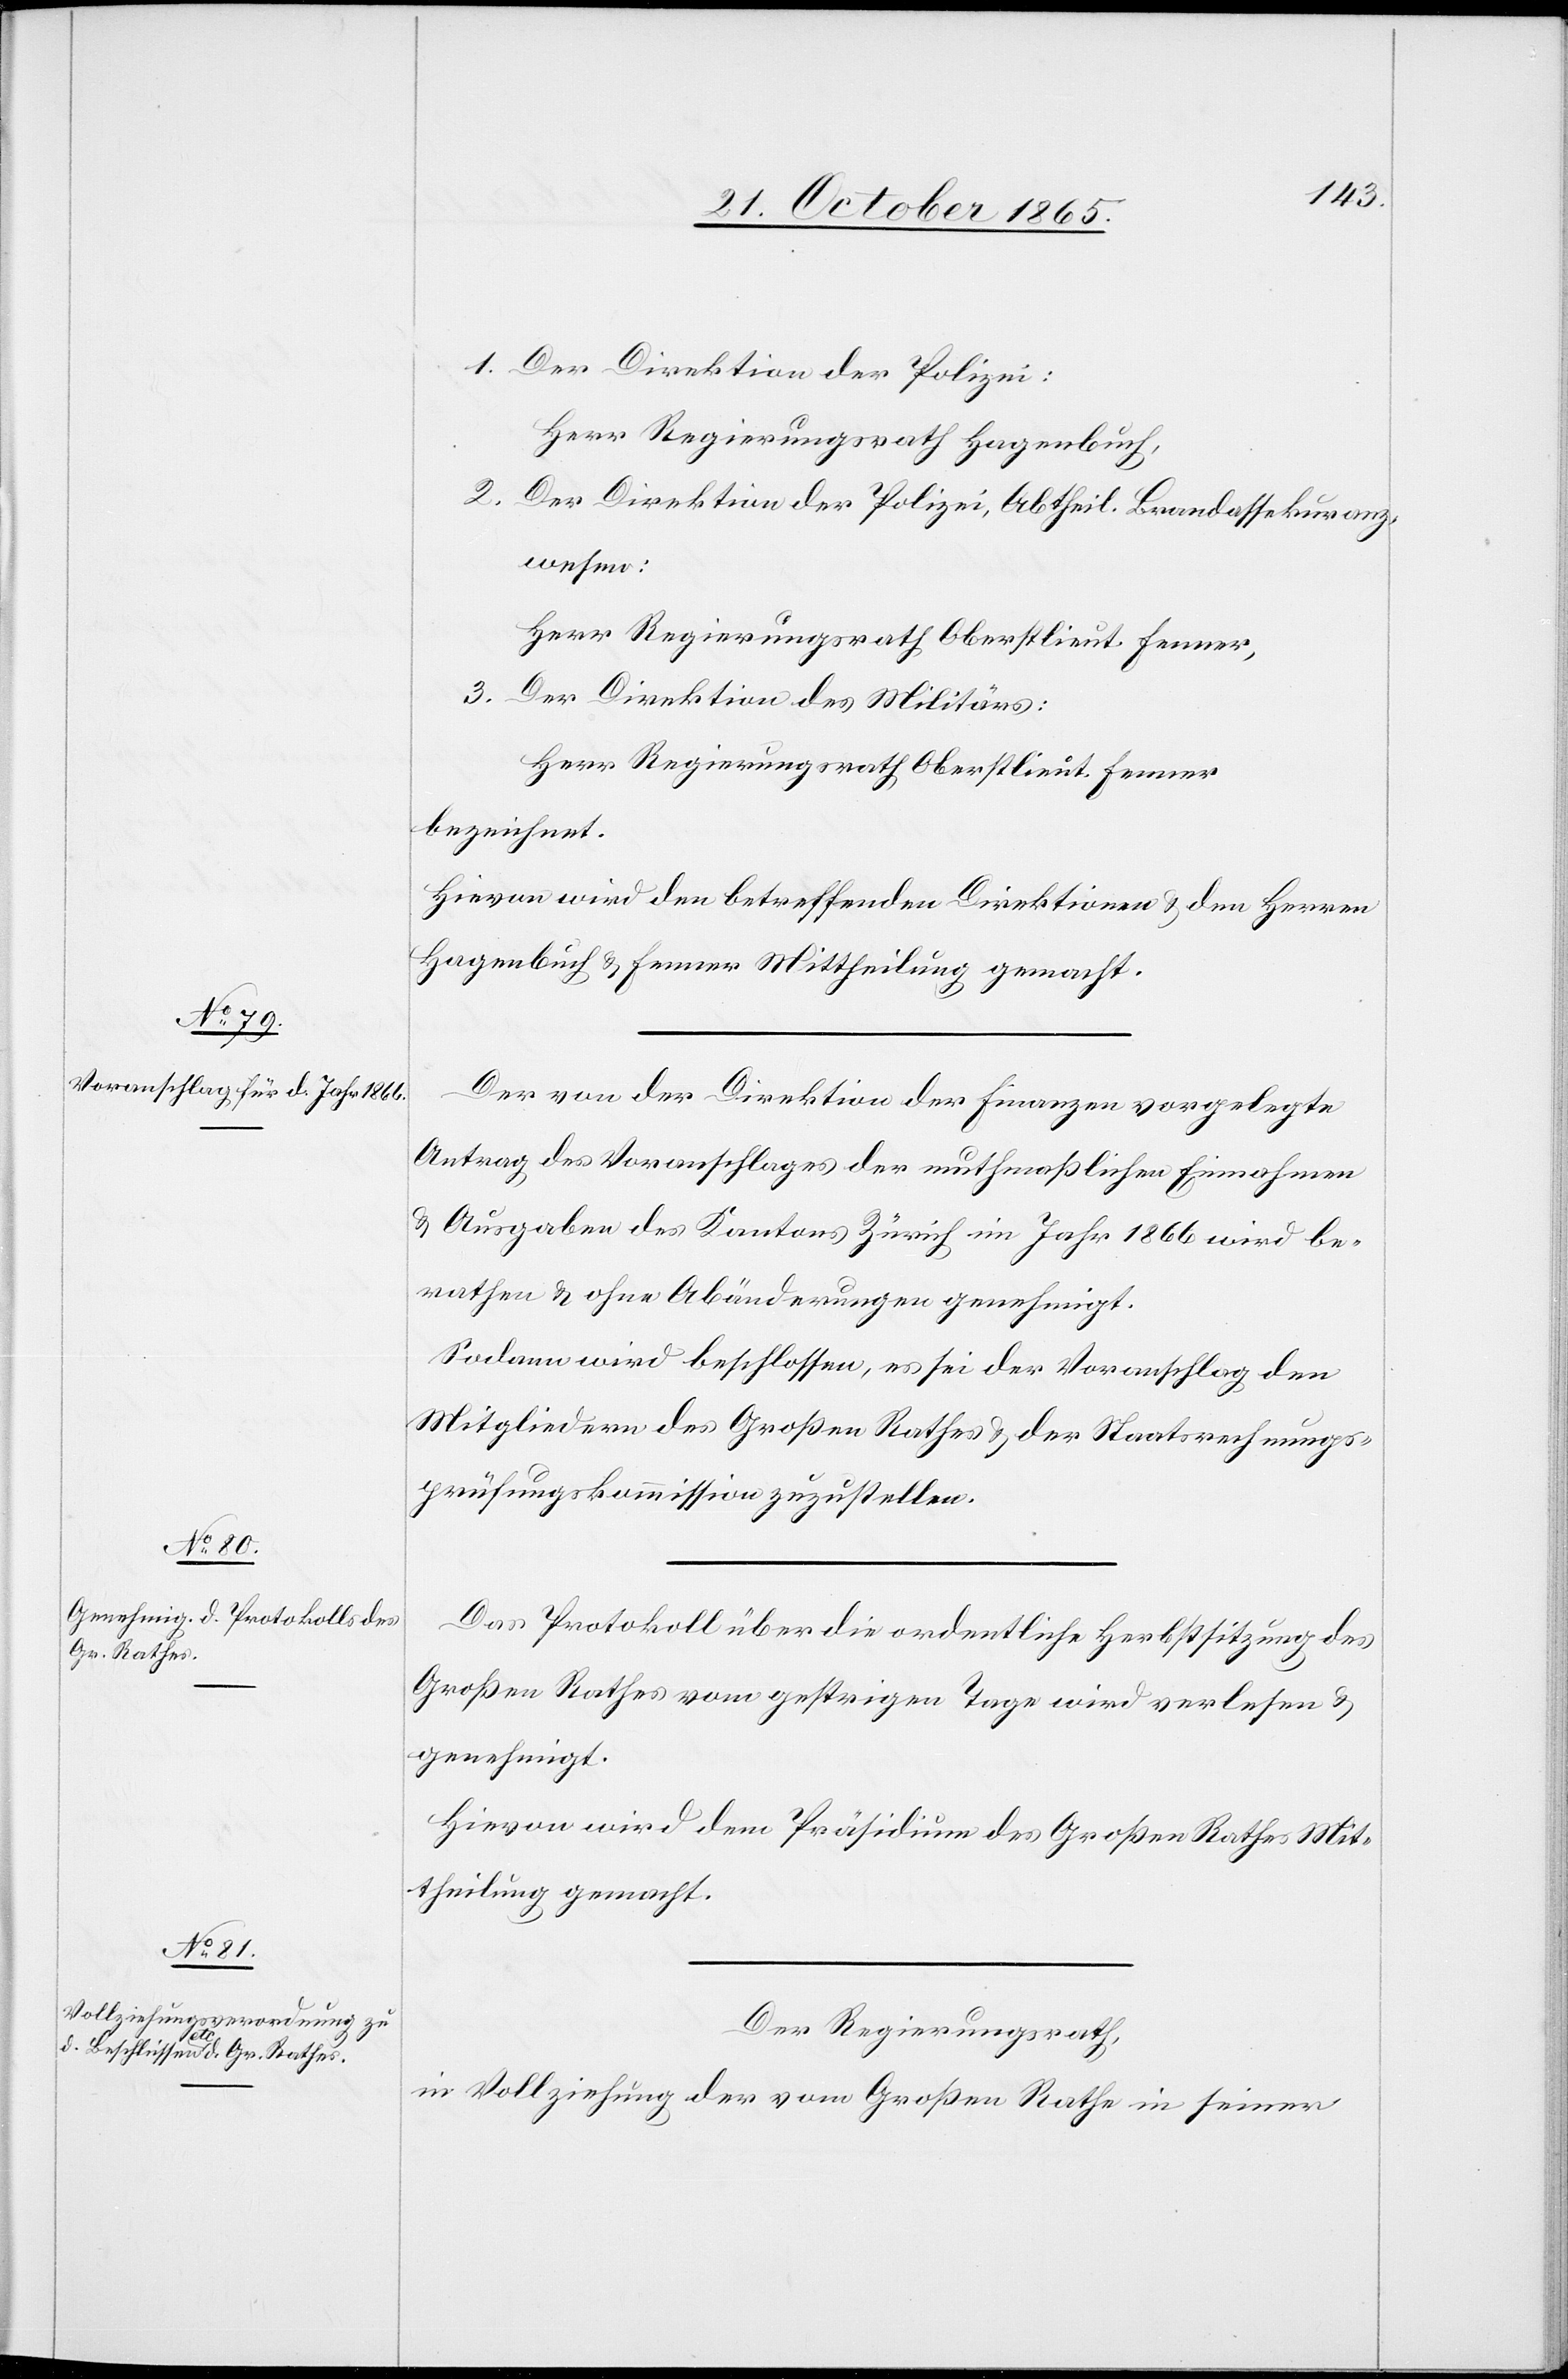
1. Der Direktion der Polizei:
Herr Regierungsrath Hagenbuch,
2. Der Direktion der Polizei, Abtheil. Brandassekuranz¬
wesen:
Herr Regierungsrath Oberstlieut. Fenner,
3. Der Direktion des Militärs:
Herr Regierungsrath Oberstlieut. Fenner
bezeichnet.
Hievon wird den betreffenden Direktionen & den Herren
Hagenbuch & Fenner Mittheilung gemacht.
Der von der Direktion der Finanzen vorgelegte
Antrag des Voranschlages der muthmaßlichen Einnahmen
& Ausgaben des Kantons Zürich im Jahr 1866 wird be¬
rathen & ohne Abänderungen genehmigt.
Sodann wird beschlossen, es sei der Voranschlag den
Mitgliedern des Großen Rathes & der Staatsrechnungs¬
prüfungskommission zuzustellen.
Das Protokoll über die ordentliche Herbstsitzung des
Großen Rathes vom gestrigen Tage wird verlesen &
genehmigt.
Hievon wird dem Präsidium des Großen Rathes Mit¬
theilung gemacht.
Der Regierungsrath,
in Vollziehung der vom Großen Rathe in seiner